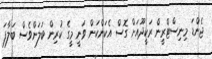
ޖެންޑަ މިނިސްޓްރީން ރަކީދޫއަށް ގޮސް އެކަންކަން ވަނީ މީގެ ކުރިން ބަލަންވެސް ބަލާފަ